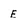
Character: E